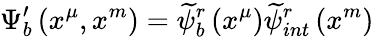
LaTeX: \Psi_{b}^{\prime}\left(x^{\mu},x^{m}\right)=\widetilde{\psi}_{b}^{r}\left(x^{\mu}\right)\widetilde{\psi}_{int}^{r}\left(x^{m}\right)